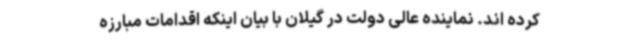
کرده اند. نماینده عالی دولت در گیلان با بیان اینکه اقدامات مبارزه